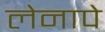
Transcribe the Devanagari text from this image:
लेनापे